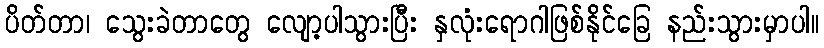
ပိတ်တာ၊ သွေးခဲတာတွေ လျော့ပါသွားပြီး နှလုံးရောဂါဖြစ်နိုင်ခြေ နည်းသွားမှာပါ။